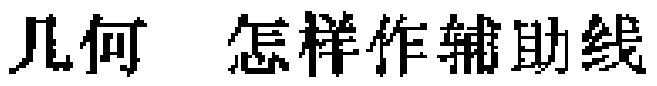
几何 怎样作辅助线